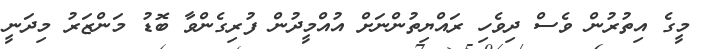
މީގެ އިތުރުން ވެސް ދިވެހި ރައްޔިތުންނަށް އުއްމީދުން ފުރިގެންވާ ބޮޑު މަންޒަރު މިދަނީ